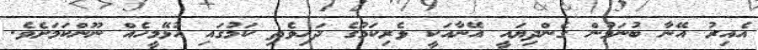
އެއިރު އޭނާ ބުނަމުން ގެންދިޔައީ އޭނާއަކީ ވެރިކަމުގެ ދަހިވެތި ކަމުގައި އުޅޭމީހެއް ނޫންކަމަށެވެ.